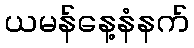
ယမန်နေ့နံနက်